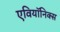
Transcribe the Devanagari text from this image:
एवियॉनिक्स